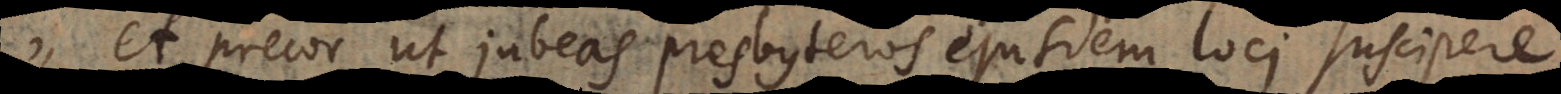
et precor ut jubeas presbyteros ejusdem loci suscipere